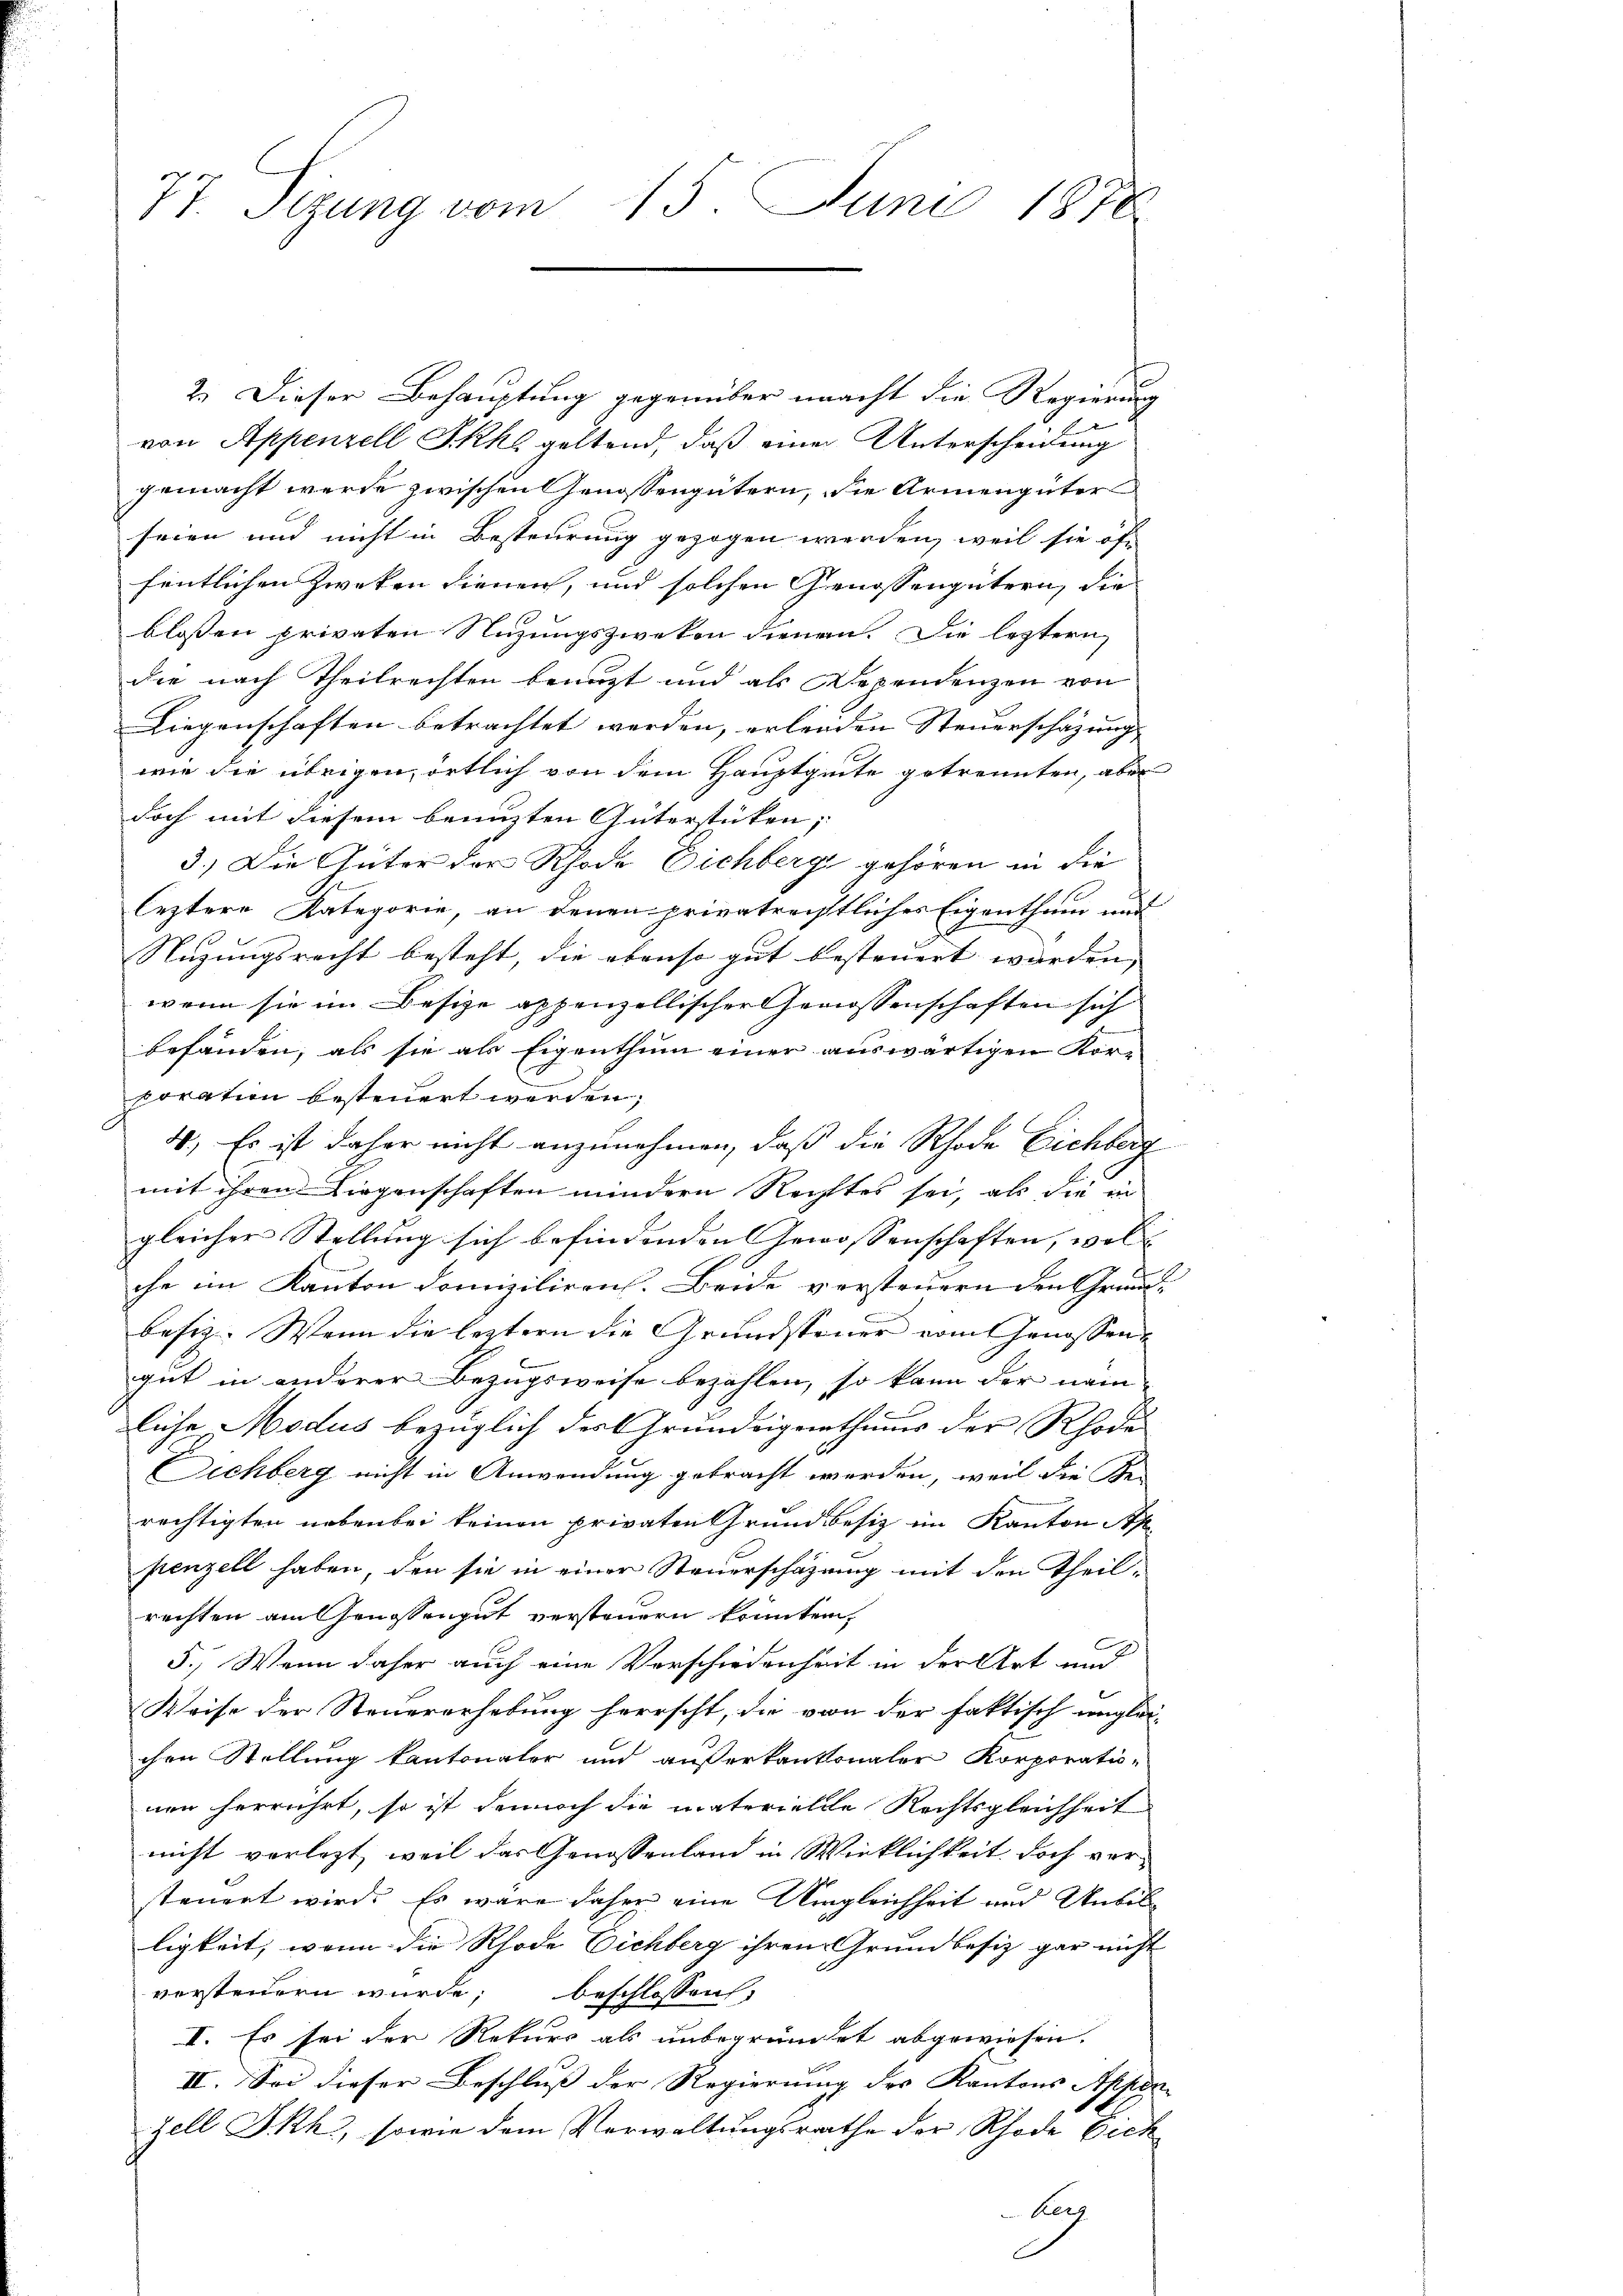
77. Seizung vom 15. Juni 1878.

von Appenzell Skke geltend, daß einer Unterscheidung
gemacht werde zwischen Genossengütern, die Armengüter
seien und nicht in Besteurung gezogen werden, weil sie öf-
fentlichen Zwecken dienen, und solchen Genossengütern, die
blossen privaten Nizungszweken dienen. Die leztern
die nach Theilrechten benuzt und als Dependenzen von
Liegenschaften betrachtet werden, erleiden Steuerschazung |
wie die übrigen örtlich von dem Hauptgute getrennten, aber
doch mit diesem benuzten Güterstücken,
3.) Die Güter der Rhode Dichberge gehören in die
leztere Kategorie, an denen privatrechtliches Eigenthum und
Nuzungsrecht besteht, die ebenso gut besteuert wurden, |
wenn sie im Besize appenzellischer Genossenschaften sich
befänden, als sie als Eigenthum einer auswärtigen Kor-
poration besteuert werden;
4.) Es ist daher nicht anzunehmen, daß die Rhode Eichberg
mit ihren Liegenschaften mindern Rechtes sei, als die in
gleicher Stellung sich befindenden Gewissenschaften, wil
che im Kanton Domiziliren. Beide versteuern den Grund-
besiz. Wenn die leztern die Grundsteuer vom Genossen,
gut in anderer Bezugsweise bezahlen, so kann der näm-
liche Modus bezüglich des Grundeigenthums der Rhode
Sichberg nicht in Anwendung gebracht werden, weil die Se
rechtigten nebenbei keinen privaten Grundbesiz im Kanton St
penzell haben, den sie in einer Steuerschazung mit den Theil-
rechten am Genossengut versteuern könnten,
5.) Wenn daher auch eine Vorschiedenheit in der Art und
Weise der Steuererhebung herrscht, die von der faktisch unglei-
chen Stellung kantonaler und außerkantonaler Korporatio-
nen herrührt, so ist dennoch die materielle Rechtsgleichheit
nicht vorletzt, weil das Genossenland in Wirklichkeit doch ver-
steuert wird. Es wäre daher eine Umgleichheit und Unbilligkeit, wenn die Rhode Eichberg ihren Grundbesiz gar nicht
versteuern wurde, beschlossen,
I. Es sei der Rekurs als unbegründet abgewiesen.
II. Sei dieser Beschluss der Regierung des Kantons Appen |
zell Ikh, sowie dem Verwaltungsrathe der Rhode Eich
Aerg

2.) Dieser Behauptung gegenüber macht die Regierung